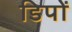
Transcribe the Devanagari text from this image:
डिपों